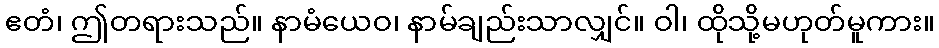
ဧတံ၊ ဤတရားသည်။ နာမံယေဝ၊ နာမ်ချည်းသာလျှင်။ ဝါ၊ ထိုသို့မဟုတ်မူကား။